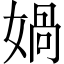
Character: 媧